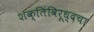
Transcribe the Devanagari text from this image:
शक्तिंविरूध्दचा